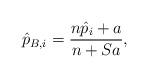
LaTeX: \begin{align*}\hat{p}_{B,i} = \frac{n \hat{p}_i + a}{n + Sa},\end{align*}